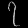
Digit: ၇